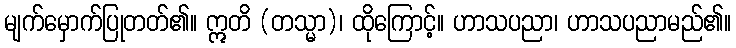
မျက်မှောက်ပြုတတ်၏။ ဣတိ (တသ္မာ)၊ ထိုကြောင့်။ ဟာသပညာ၊ ဟာသပညာမည်၏။